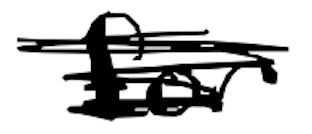
Text: for
Cross-out: scratch
Writing tool: digital_black